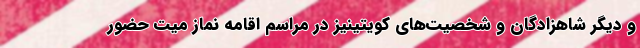
و دیگر شاهزادگان و شخصیت‌های کویتینیز در مراسم اقامه نماز میت حضور